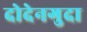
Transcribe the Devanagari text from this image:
दोदेनगुदा